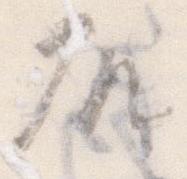
殿